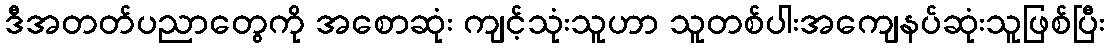
ဒီအတတ်ပညာတွေကို အစောဆုံး ကျင့်သုံးသူဟာ သူတစ်ပါးအကျေနပ်ဆုံးသူဖြစ်ပြီး